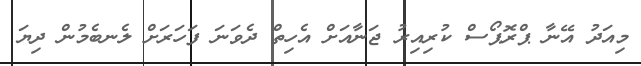
މިއަދު އޭނާ ޕްރޮޕޯސް ކުރިއިރު ޖަނާއަށް އެހިތް ދެވަނަ ފަހަރަށް ލެނބެމުން ދިޔަ